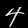
Digit: 4